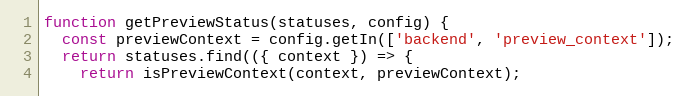
Language: JavaScript
function getPreviewStatus(statuses, config) {
  const previewContext = config.getIn(['backend', 'preview_context']);
  return statuses.find(({ context }) => {
    return isPreviewContext(context, previewContext);